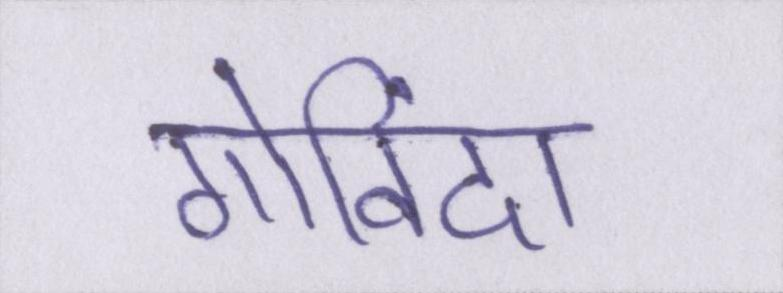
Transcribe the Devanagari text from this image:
गोविंदा